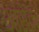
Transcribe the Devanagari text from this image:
आसेक